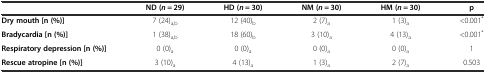
<table><thead><tr><td></td><td><b>ND (<i>n</i> = 29)</b></td><td><b>HD (<i>n</i> = 30)</b></td><td><b>NM (<i>n</i> = 30)</b></td><td><b>HM (<i>n</i> = 30)</b></td><td><b>p</b></td></tr></thead><tbody><tr><td><b>Dry mouth [n (%)]</b></td><td>7 (24)<sub>a,b</sub></td><td>12 (40)<sub>b</sub></td><td>2 (7)<sub>a</sub></td><td>1 (3)<sub>a</sub></td><td>&lt;0.001<sup>*</sup></td></tr><tr><td><b>Bradycardia [n (%)]</b></td><td>1 (38)<sub>a,b</sub></td><td>18 (60)<sub>b</sub></td><td>3 (10)<sub>a</sub></td><td>4 (13)<sub>a</sub></td><td>&lt;0.001<sup>*</sup></td></tr><tr><td><b>Respiratory depression [n (%)]</b></td><td>0 (0)<sub>a</sub></td><td>0 (0)<sub>a</sub></td><td>0 (0)<sub>a</sub></td><td>0 (0)<sub>a</sub></td><td>1</td></tr><tr><td><b>Rescue atropine [n (%)]</b></td><td>3 (10)<sub>a</sub></td><td>4 (13)<sub>a</sub></td><td>1 (3)<sub>a</sub></td><td>2 (7)<sub>a</sub></td><td>0.503</td></tr></tbody></table>